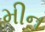
મીન